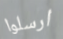
ارسلوا